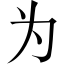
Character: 为